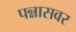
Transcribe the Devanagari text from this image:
पन्नासवर